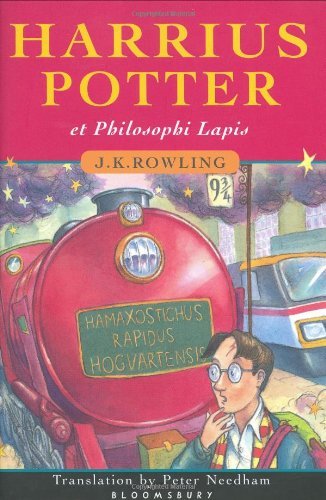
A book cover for Harrius Potter et Philosophi Lapis (Harry Potter and the Philosopher's Stone, Latin edition); J. K. Rowling; Literature & Fiction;